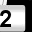
Digit: 2